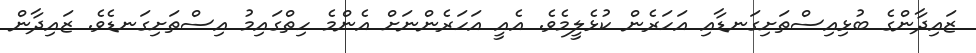
ޒައިދާންގެ ބުޅިއިސްތަށިގަނޑާއި އަހަރެން ކުޅެލީމެވެ. އެއީ އަހަރެންނަށް އެންމެ ހިތްގައިމު އިސްތަށިގަނޑެވެ. ޒައިދާން